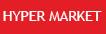
hyper